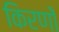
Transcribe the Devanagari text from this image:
किरणोँ